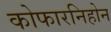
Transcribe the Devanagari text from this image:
कोफारनिहोन